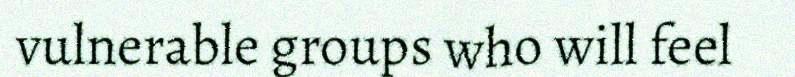
vulnerable groups who will feel